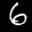
Label: 6